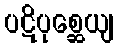
ပဋိပုစ္ဆေယျ